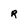
Character: R